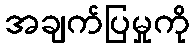
အချက်ပြမှုကို